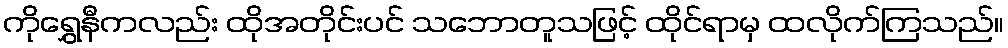
ကိုရွှေနီကလည်း ထိုအတိုင်းပင် သဘောတူသဖြင့် ထိုင်ရာမှ ထလိုက်ကြသည်။